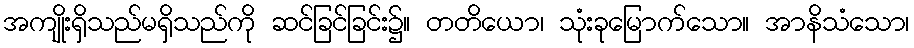
အကျိုးရှိသည်မရှိသည်ကို ဆင်ခြင်ခြင်း၌။ တတိယော၊ သုံးခုမြောက်သော။ အာနိသံသော၊